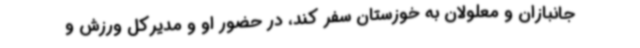
جانبازان و معلولان به خوزستان سفر کند، در حضور او و مدیرکل ورزش و